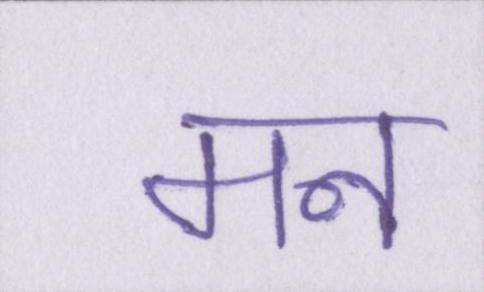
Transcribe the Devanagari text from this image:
मन